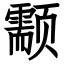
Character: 颥